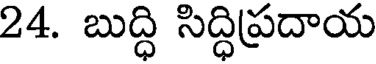
24. బుద్ధి సిద్ధిప్రదాయ